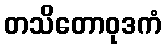
တသိတောဝုဒကံ